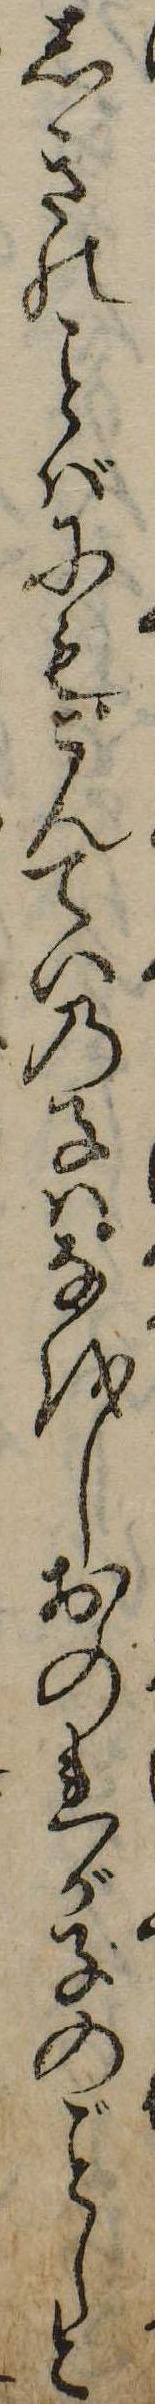
しきのばにもこんていの子はなをしおのれが子のしと